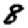
Digit: 8